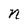
Character: n